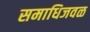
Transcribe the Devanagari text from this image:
समाधिजवळ